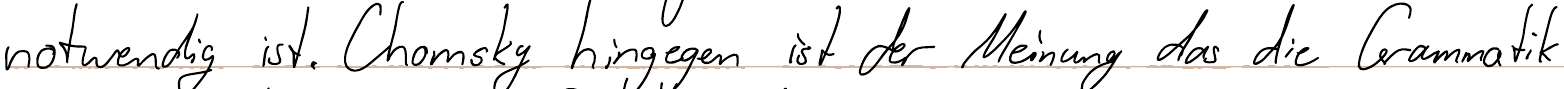
notwendig ist. Chomsky hingegen ist der Meinung das die Grammatik